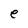
Character: e